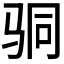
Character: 𩧲